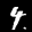
Label: 4